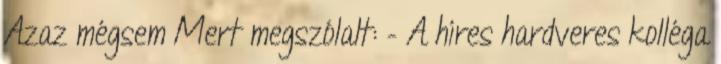
Azaz mégsem Mert megszólalt: – A híres hardveres kolléga